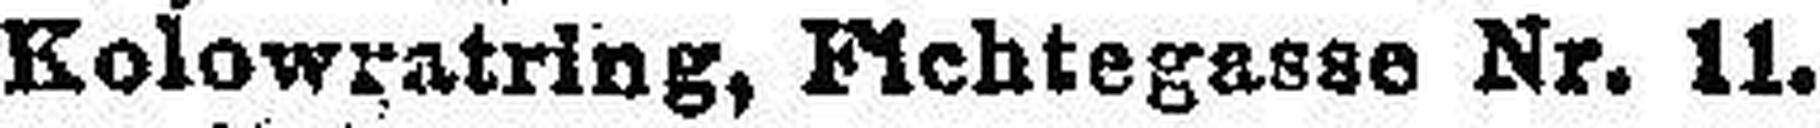
Kolowratring, Fichtegasse Nr. 11.